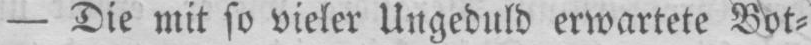
- Die mit so vieler Ungeduld erwartete Bot⸗